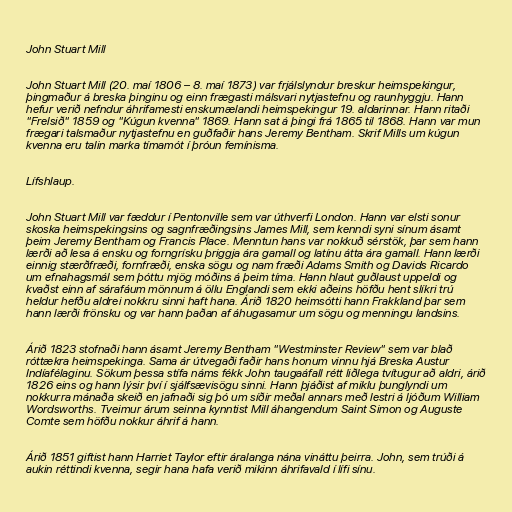
John Stuart Mill

John Stuart Mill (20. maí 1806 – 8. maí 1873) var frjálslyndur breskur heimspekingur,
þingmaður á breska þinginu og einn frægasti málsvari nytjastefnu og raunhyggju. Hann
hefur verið nefndur áhrifamesti enskumælandi heimspekingur 19. aldarinnar. Hann ritaði
"Frelsið" 1859 og "Kúgun kvenna" 1869. Hann sat á þingi frá 1865 til 1868. Hann var mun
frægari talsmaður nytjastefnu en guðfaðir hans Jeremy Bentham. Skrif Mills um kúgun
kvenna eru talin marka tímamót í þróun femínisma.

Lífshlaup.

John Stuart Mill var fæddur í Pentonville sem var úthverfi London. Hann var elsti sonur
skoska heimspekingsins og sagnfræðingsins James Mill, sem kenndi syni sínum ásamt
þeim Jeremy Bentham og Francis Place. Menntun hans var nokkuð sérstök, þar sem hann
lærði að lesa á ensku og forngrísku þriggja ára gamall og latínu átta ára gamall. Hann lærði
einnig stærðfræði, fornfræði, enska sögu og nam fræði Adams Smith og Davids Ricardo
um efnahagsmál sem þóttu mjög móðins á þeim tíma. Hann hlaut guðlaust uppeldi og
kvaðst einn af sárafáum mönnum á öllu Englandi sem ekki aðeins höfðu hent slíkri trú
heldur hefðu aldrei nokkru sinni haft hana. Árið 1820 heimsótti hann Frakkland þar sem
hann lærði frönsku og var hann þaðan af áhugasamur um sögu og menningu landsins.

Árið 1823 stofnaði hann ásamt Jeremy Bentham "Westminster Review" sem var blað
róttækra heimspekinga. Sama ár útvegaði faðir hans honum vinnu hjá Breska Austur
Indíafélaginu. Sökum þessa stífa náms fékk John taugaáfall rétt liðlega tvítugur að aldri, árið
1826 eins og hann lýsir því í sjálfsævisögu sinni. Hann þjáðist af miklu þunglyndi um
nokkurra mánaða skeið en jafnaði sig þó um síðir meðal annars með lestri á ljóðum William
Wordsworths. Tveimur árum seinna kynntist Mill áhangendum Saint Simon og Auguste
Comte sem höfðu nokkur áhrif á hann.

Árið 1851 giftist hann Harriet Taylor eftir áralanga nána vináttu þeirra. John, sem trúði á
aukin réttindi kvenna, segir hana hafa verið mikinn áhrifavald í lífi sínu.